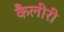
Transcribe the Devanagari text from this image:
कैलीरी